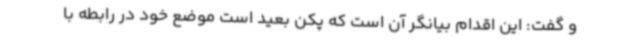
و گفت: این اقدام بیانگر آن است که پکن بعید است موضع خود در رابطه با